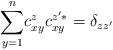
LaTeX: \begin{align*}\underset{y=1}{\overset{n}{\sum }}c_{xy}^{z}c_{xy}^{z^{\prime }\ast }=\delta_{zz^{\prime }}\end{align*}